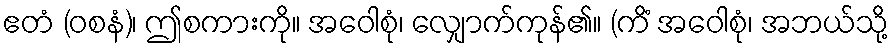
ဧတံ (ဝစနံ)၊ ဤစကားကို။ အဝေါစုံ၊ လျှောက်ကုန်၏။ (ကိံ အဝေါစုံ၊ အဘယ်သို့